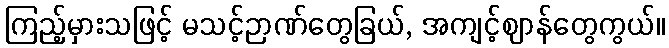
ကြည့်မှားသဖြင့် မသင့်ဉာဏ်တွေခြယ်, အကျင့်ဈာန်တွေကွယ်။